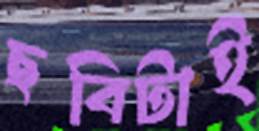
ছবিটাই